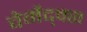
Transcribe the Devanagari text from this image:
वेर्मेद्क्स